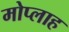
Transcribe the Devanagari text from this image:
मोप्लाह